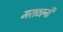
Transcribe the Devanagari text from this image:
मराठानी